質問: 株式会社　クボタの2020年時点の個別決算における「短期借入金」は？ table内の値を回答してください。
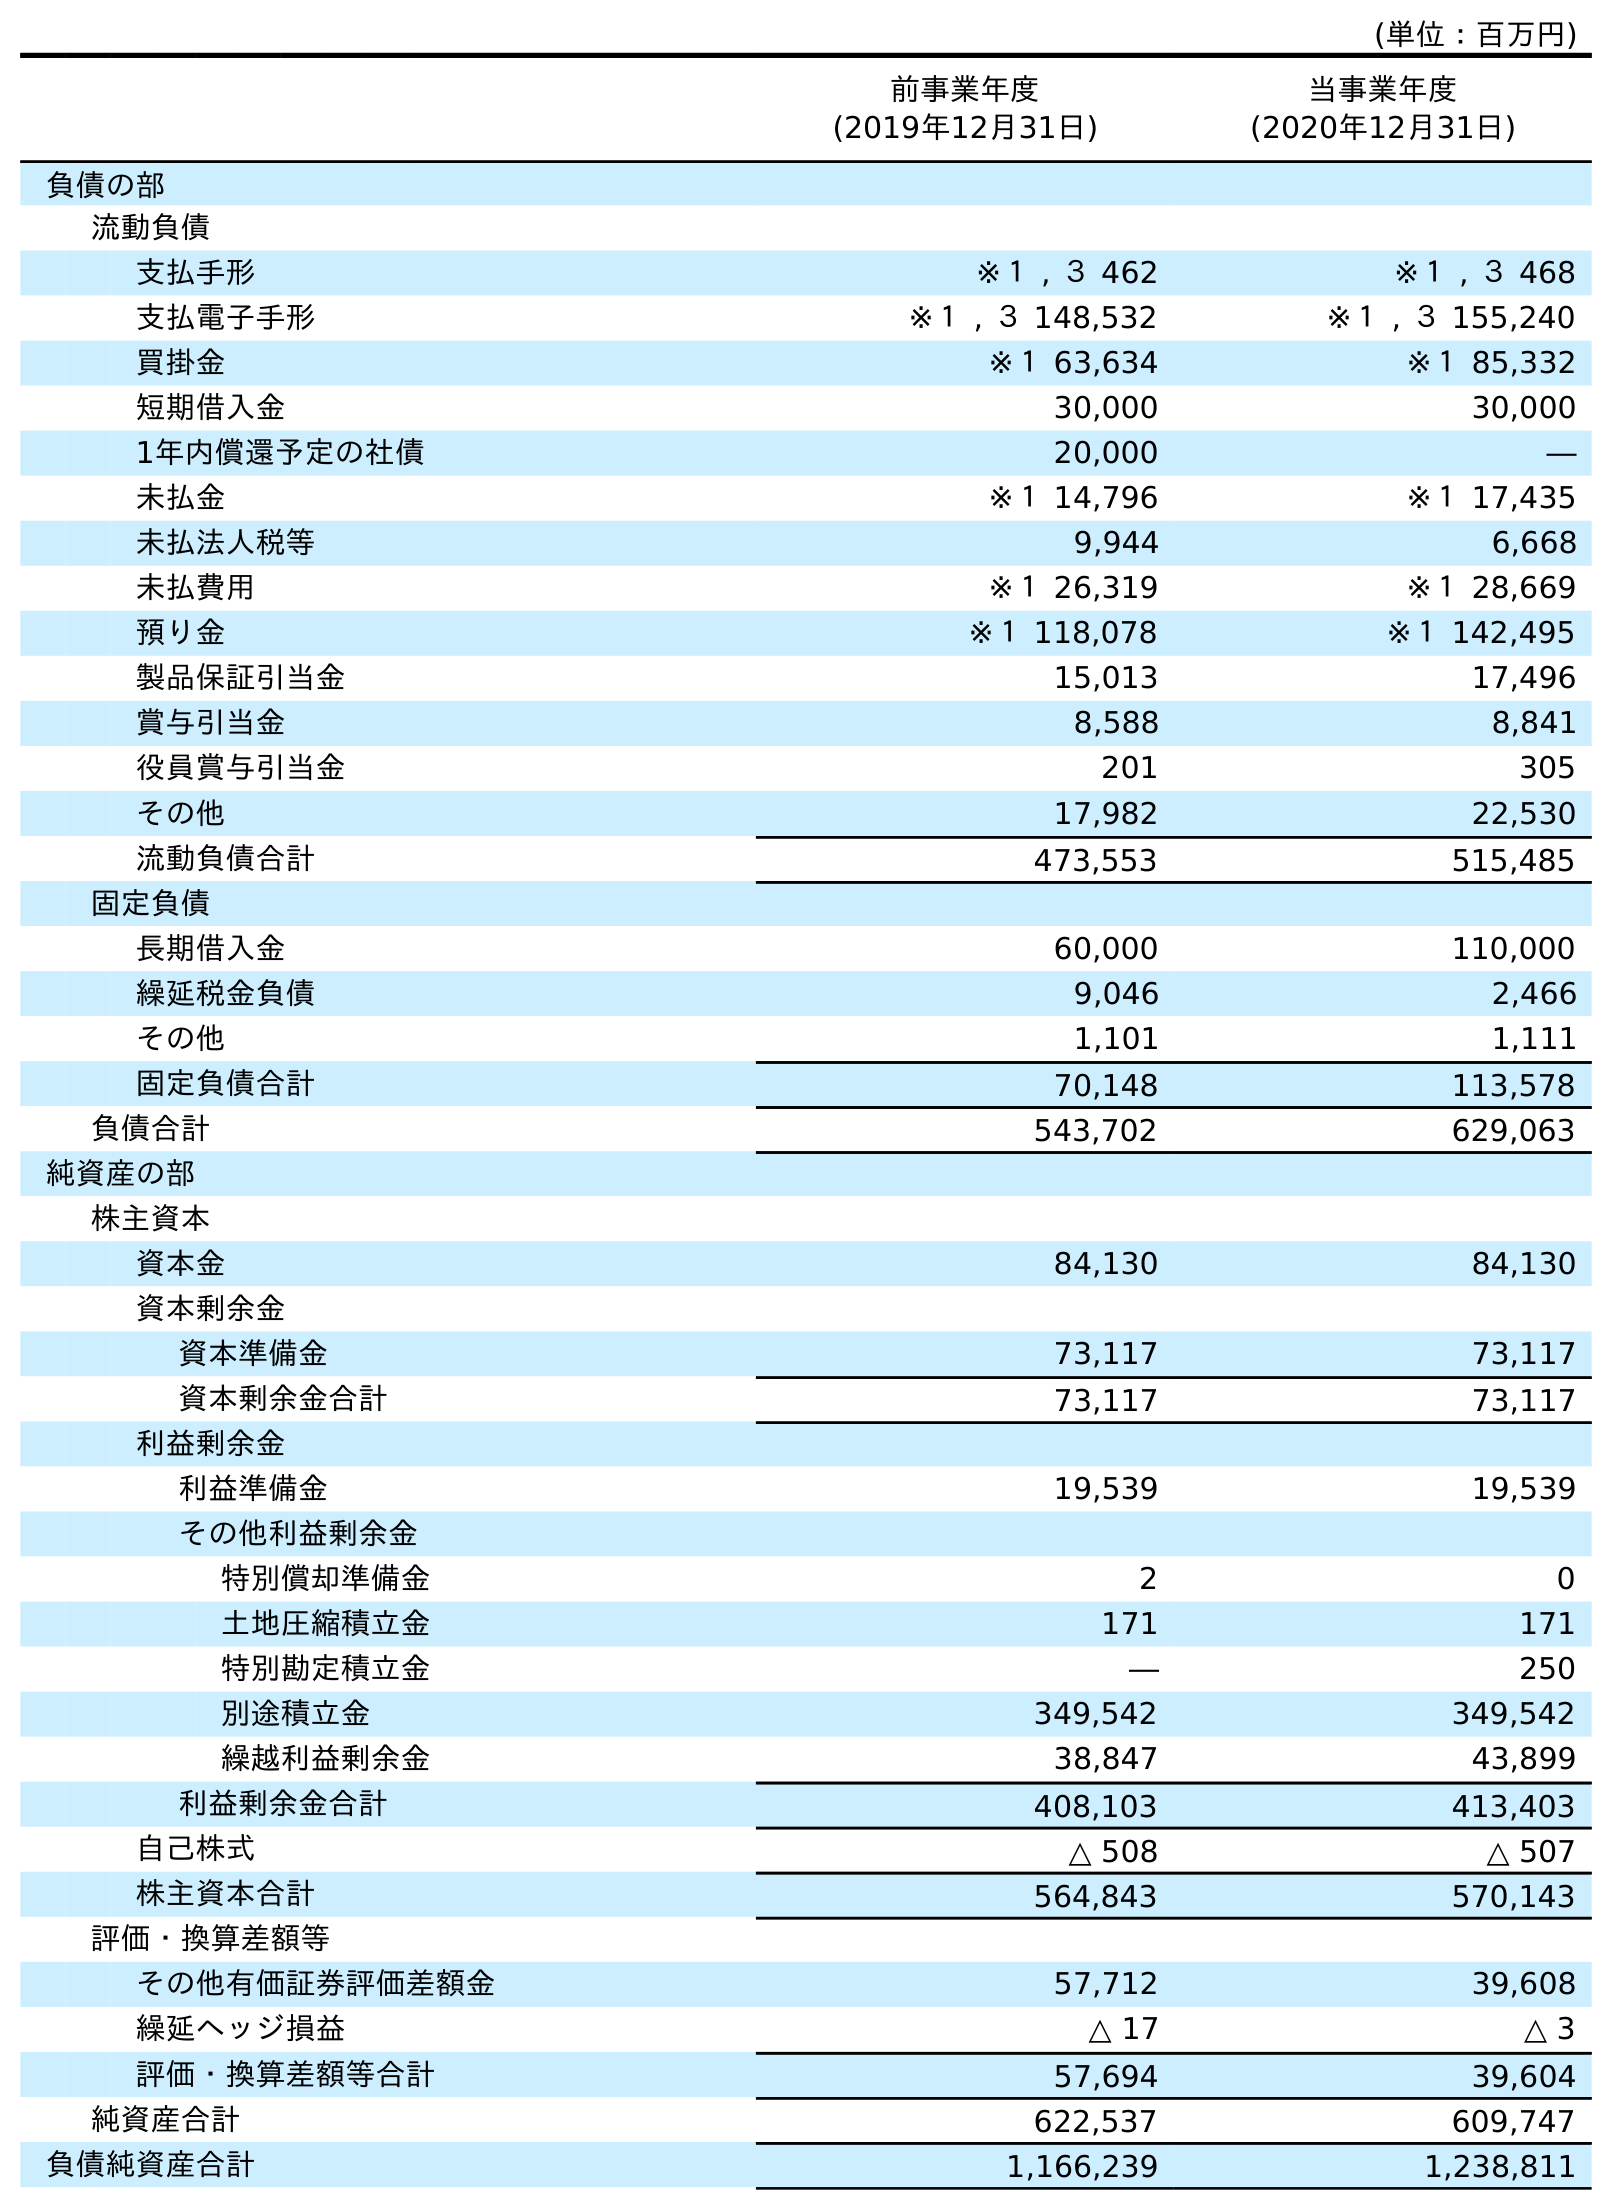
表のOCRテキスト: (単位：百万円) 前事業年度 (2019年12月31日) 当事業年度 (2020年12月31日) 負債の部 流動負債 支払手形 ※１ , ３ 462 ※１ , ３ 468 支払電子手形 ※１ , ３ 148,532 ※１ , ３ 155,240 買掛金 ※１ 63,634 ※１ 85,332 短期借入金 30,000 30,000 1年内償還予定の社債 20,000 ― 未払金 ※１ 14,796 ※１ 17,435 未払法人税等 9,944 6,668 未払費用 ※１ 26,319 ※１ 28,669 預り金 ※１ 118,078 ※１ 142,495 製品保証引当金 15,013 17,496 賞与引当金 8,588 8,841 役員賞与引当金 201 305 その他 17,982 22,530 流動負債合計 473,553 515,485 固定負債 長期借入金 60,000 110,000 繰延税金負債 9,046 2,466 その他 1,101 1,111 固定負債合計 70,148 113,578 負債合計 543,702 629,063 純資産の部 株主資本 資本金 84,130 84,130 資本剰余金 資本準備金 73,117 73,117 資本剰余金合計 73,117 73,117 利益剰余金 利益準備金 19,539 19,539 その他利益剰余金 特別償却準備金 2 0 土地圧縮積立金 171 171 特別勘定積立金 ― 250 別途積立金 349,542 349,542 繰越利益剰余金 38,847 43,899 利益剰余金合計 408,103 413,403 自己株式 △ 508 △ 507 株主資本合計 564,843 570,143 評価・換算差額等 その他有価証券評価差額金 57,712 39,608 繰延ヘッジ損益 △ 17 △ 3 評価・換算差額等合計 57,694 39,604 純資産合計 622,537 609,747 負債純資産合計 1,166,239 1,238,811
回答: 30,000